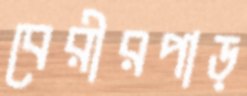
বেরীরপাড়